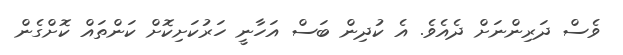
ވެސް ދަރިންނަށް ދެއެވެ. އެ ކުދިން ބަސް އަހާނީ ހަރުކަށިކޮށް ކަންތައް ކޮށްގެން